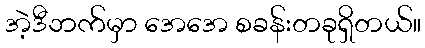
အဲ့ဒီဘက်မှာ အေအေ စခန်းတခုရှိတယ်။